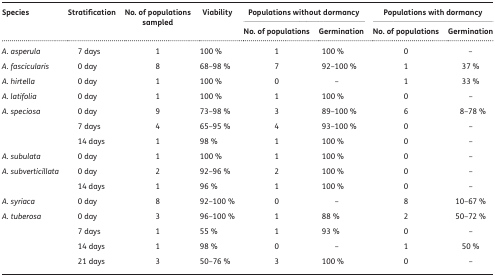
<table><thead><tr><td rowspan="2"><b>Species</b></td><td rowspan="2"><b>Stratification</b></td><td rowspan="2"><b>No. of populations sampled</b></td><td rowspan="2"><b>Viability</b></td><td colspan="2"><b>Populations without dormancy</b></td><td colspan="2"><b>Populations with dormancy</b></td></tr><tr><td><b>No. of populations</b></td><td><b>Germination</b></td><td><b>No. of populations</b></td><td><b>Germination</b></td></tr></thead><tbody><tr><td><i>A. asperula</i></td><td>7 days</td><td>1</td><td>100 %</td><td>1</td><td>100 %</td><td>0</td><td>–</td></tr><tr><td><i>A. fascicularis</i></td><td>0 day</td><td>8</td><td>68–98 %</td><td>7</td><td>92–100 %</td><td>1</td><td>37 %</td></tr><tr><td><i>A. hirtella</i></td><td>0 day</td><td>1</td><td>100 %</td><td>0</td><td>–</td><td>1</td><td>33 %</td></tr><tr><td><i>A. latifolia</i></td><td>0 day</td><td>1</td><td>100 %</td><td>1</td><td>100 %</td><td>0</td><td>–</td></tr><tr><td rowspan="3"><i>A. speciosa</i></td><td>0 day</td><td>9</td><td>73–98 %</td><td>3</td><td>89–100 %</td><td>6</td><td>8–78 %</td></tr><tr><td>7 days</td><td>4</td><td>65–95 %</td><td>4</td><td>93–100 %</td><td>0</td><td>–</td></tr><tr><td>14 days</td><td>1</td><td>98 %</td><td>1</td><td>100 %</td><td>0</td><td>–</td></tr><tr><td><i>A. subulata</i></td><td>0 day</td><td>1</td><td>100 %</td><td>1</td><td>100 %</td><td>0</td><td>–</td></tr><tr><td rowspan="2"><i>A. subverticillata</i></td><td>0 day</td><td>2</td><td>92–96 %</td><td>2</td><td>100 %</td><td>0</td><td>–</td></tr><tr><td>14 days</td><td>1</td><td>96 %</td><td>1</td><td>100 %</td><td>0</td><td>–</td></tr><tr><td><i>A. syriaca</i></td><td>0 day</td><td>8</td><td>92–100 %</td><td>0</td><td>–</td><td>8</td><td>10–67 %</td></tr><tr><td rowspan="4"><i>A. tuberosa</i></td><td>0 day</td><td>3</td><td>96–100 %</td><td>1</td><td>88 %</td><td>2</td><td>50–72 %</td></tr><tr><td>7 days</td><td>1</td><td>55 %</td><td>1</td><td>93 %</td><td>0</td><td>–</td></tr><tr><td>14 days</td><td>1</td><td>98 %</td><td>0</td><td>–</td><td>1</td><td>50 %</td></tr><tr><td>21 days</td><td>3</td><td>50–76 %</td><td>3</td><td>100 %</td><td>0</td><td>–</td></tr></tbody></table>